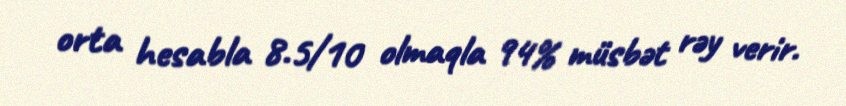
orta hesabla 8.5/10 olmaqla 94% müsbət rəy verir.